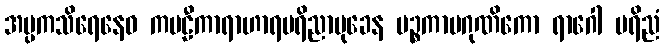
အပ္ပကသိရေနေဝ ကဗဠီကာရာဟာရပရိညာမုခေန ပဉ္စကာမဂုဏိကော ရာဂေါ ပရိညံ